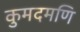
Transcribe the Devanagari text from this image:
कुमदमणि